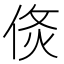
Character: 𠊅